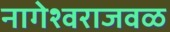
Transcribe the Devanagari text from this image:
नागेश्वराजवळ